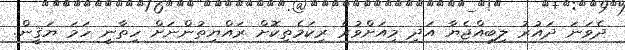
ދެވަނަ ދައުރު ލިބިއްޖެޔާ އަދި މިއަށްވުރެ ރިކަމެތިކޮށް ރައްޔިތުންނަށް ހިތާނީ ހަމަ ޔަޤީން.